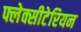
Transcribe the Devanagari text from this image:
फ्लेक्सीटेरियन